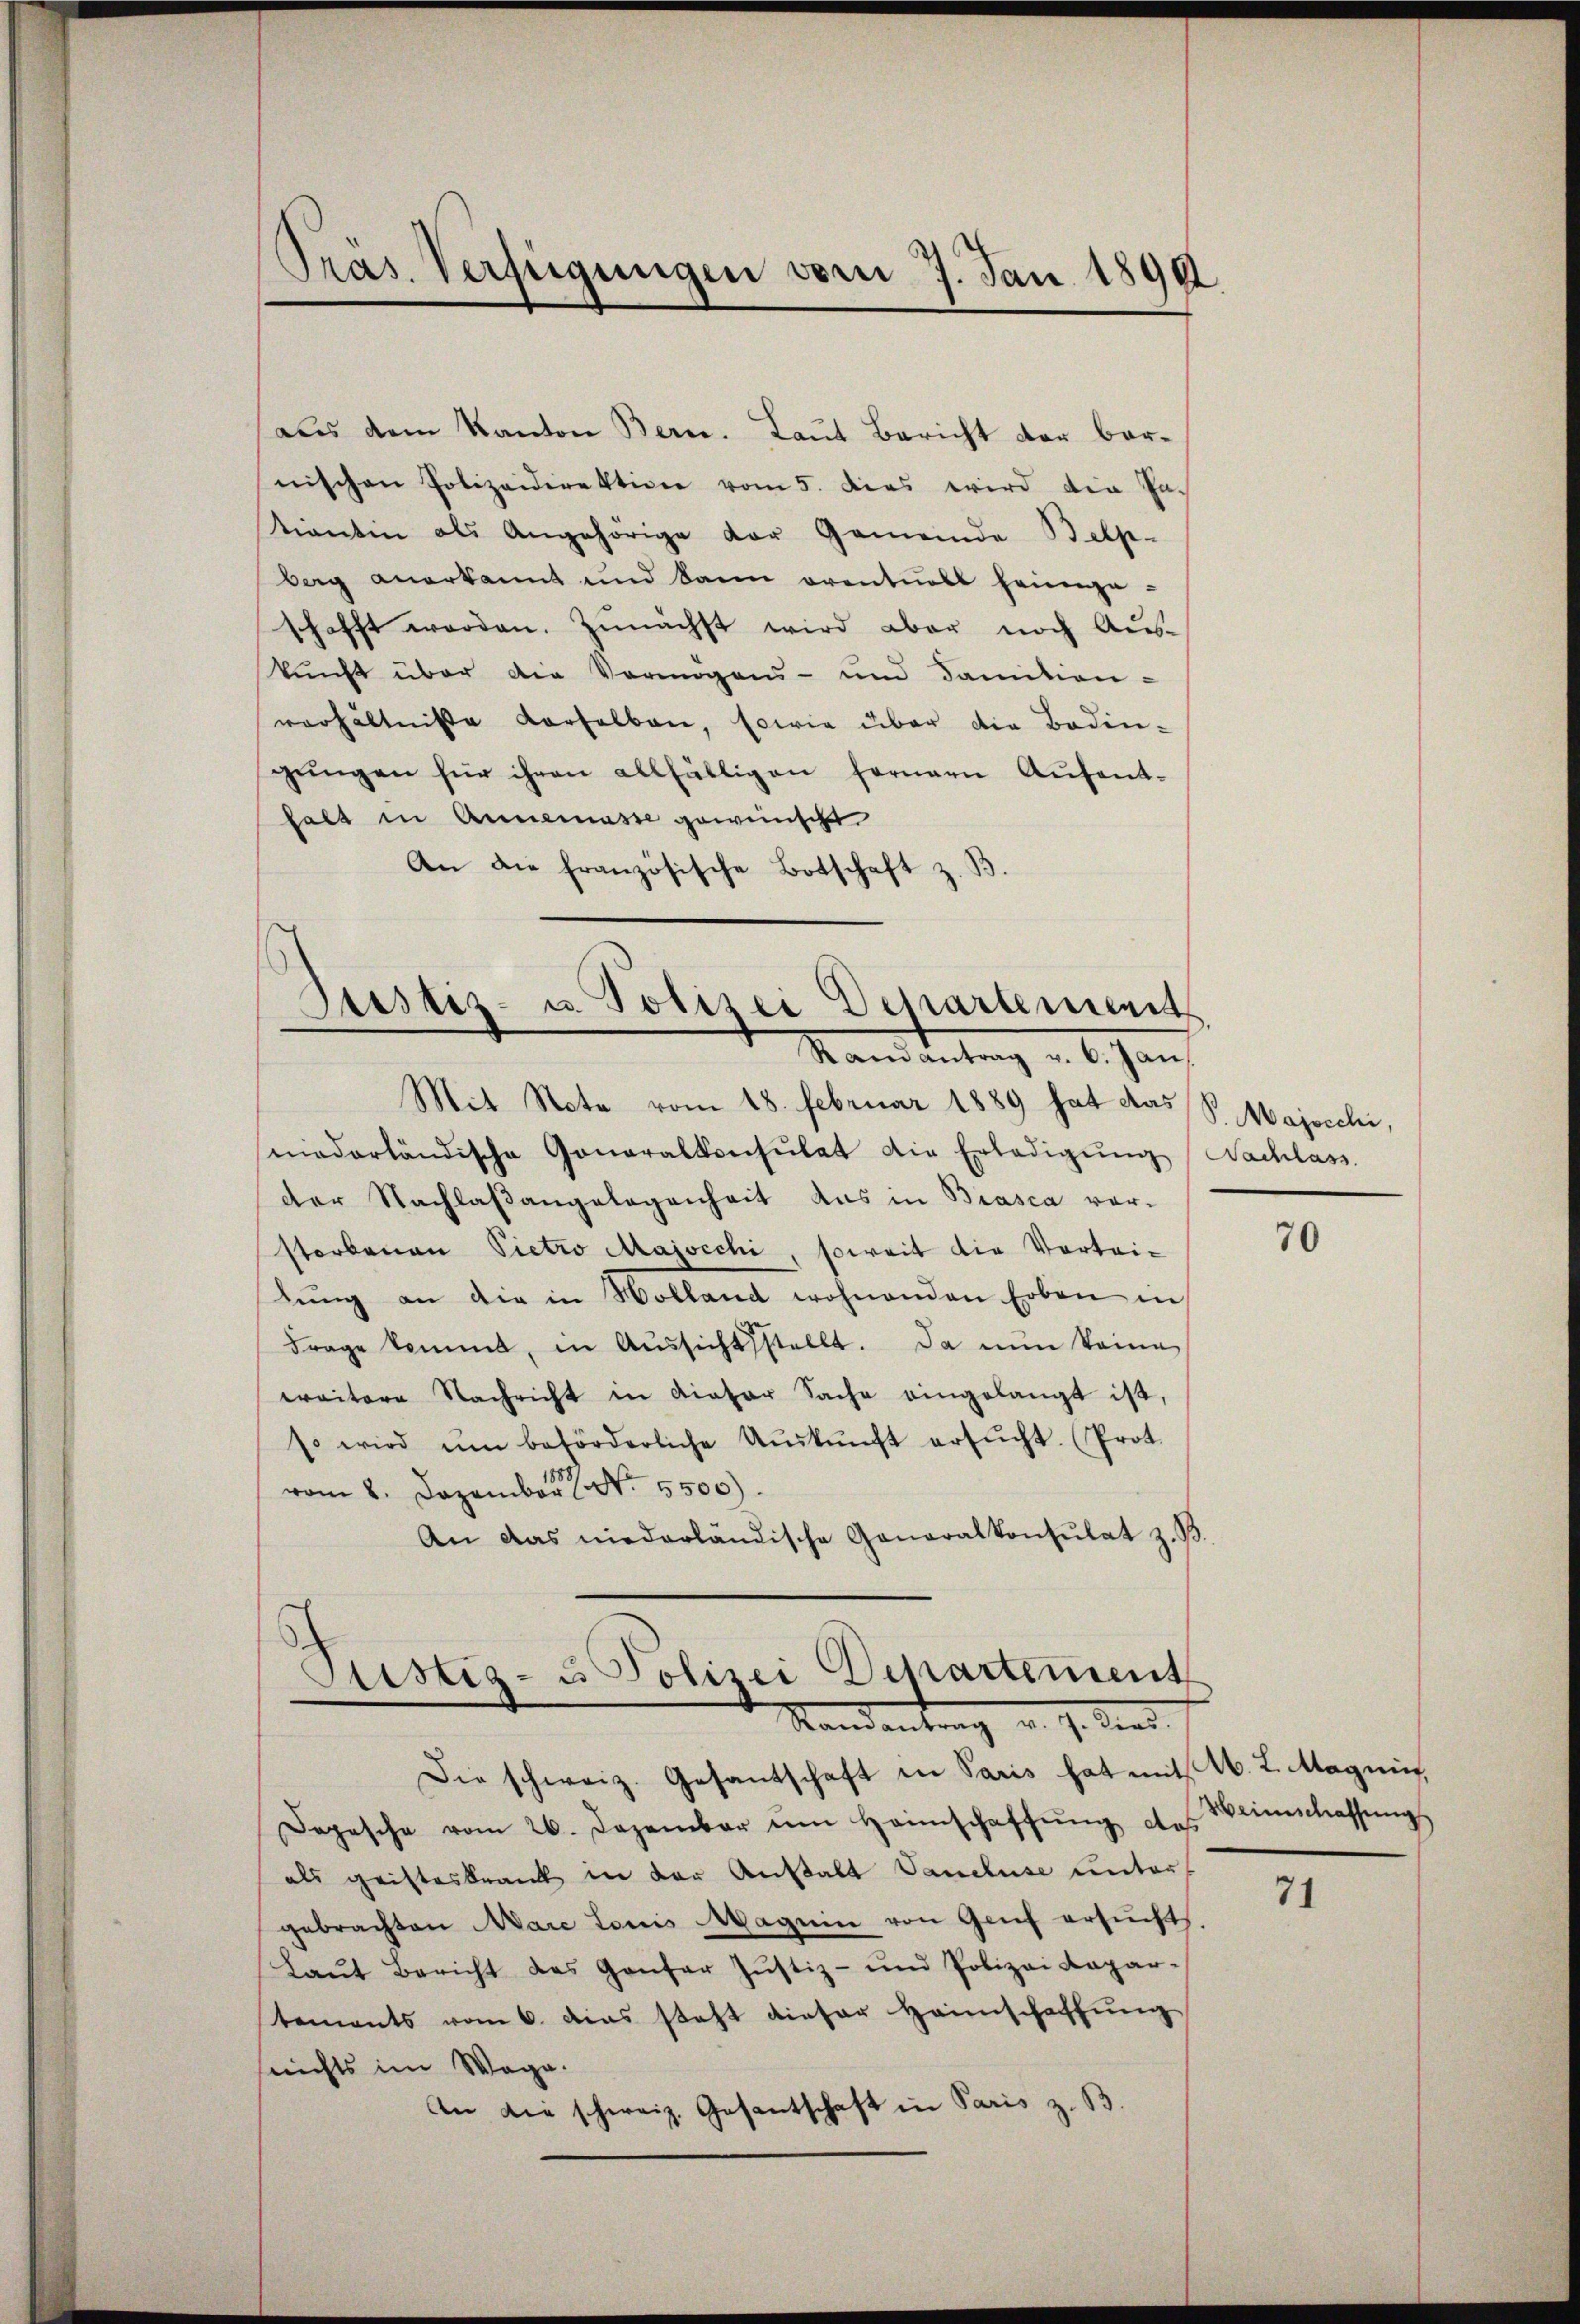
¬
Präs. Verfügungen vom 7. Jan. 1890.

aus dem Kanton Bern. Laut Bericht der bar-
nischen Polizeidirektion vom 5. dies wird die Fakiantin als Angehörige der Gemeinde Belp
berg anerkannt und dann eventuell heimge-
schafft worden. Zunächst wird aber noch Auskunft über die Vermögens- und damition
verhältniße derselben, sowie über die Boden-
gŭngen für ihren allfälligen ferner Aŭfent-
halt in Annemasse gewünscht
An die französische Botschaft z. B.

Justiz- u. Polizei Departement
Randantrag v. 6. Jan

Mit Note vom 18. Februar 1889 hat das
miederländische Generalkonsulat die Erledigŭng Nachlass
der Nachlaßangelegenheit das in Brasca vor-
storbenen Pietro Majocchi, soweit die Vortrilŭng an die in Holland wohnenden Erben in
Frage kommt, in Aŭssichtsstellt. Da nun keine
wraitere Nachricht in dieser Sache eingelangt ist,
so wird ŭm beförderliche Aŭskŭnft ersŭcht. (Prot.
vom 8. Dezember No. 5500).
An das niederländische Generalkonsulat z. B.

Justiz- u Polizei Departement
Standentrag v. 7. Send.

Die schweiz. Gesantschaft in Paris hat mit M. L. Magnis,
Dopesche vom 26. Dezember im Heimschaffŭng des
als geisteskrank in der Anstalt Vandluse unters
gebrachten Mare Louis Magnin von Genf ersucht.
Laŭt Bericht des Ganter Justiz- und Polizei Kapar-
tements vom 6. das steht dieser Heimschaffung
nichts im Wege.
An die schweiz. Gesantschaft in Paris z. B.

S. Majocchi,

70

Weinschaffung

71